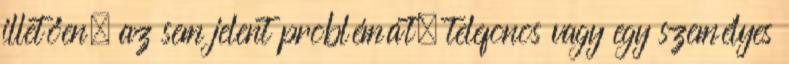
illetően, az sem jelent problémát, telefonos vagy egy személyes